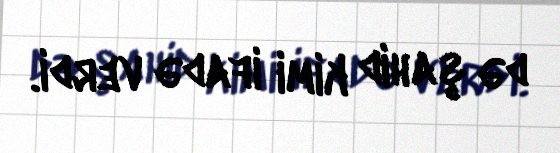
də şahid kimi ifadə verdi.